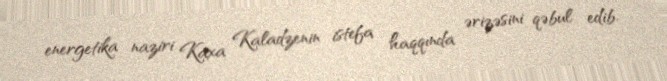
energetika naziri Kaxa Kaladzenin istefa haqqında ərizəsini qəbul edib.